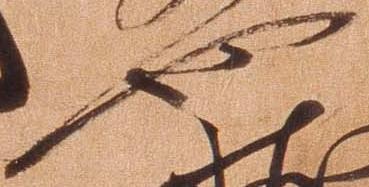
也